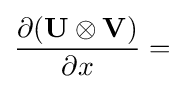
{\frac {\partial (\mathbf {U} \otimes \mathbf {V} )}{\partial x}}=